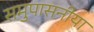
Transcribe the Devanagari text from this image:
समुपासनीया